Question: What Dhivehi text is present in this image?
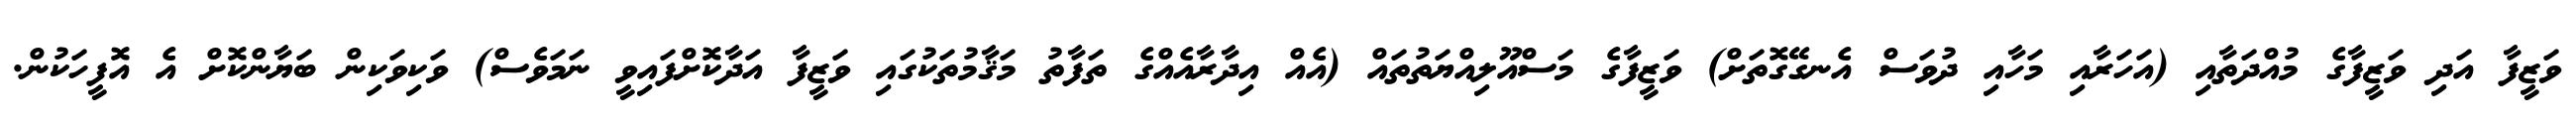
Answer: ވަޒީފާ އަދި ވަޒީފާގެ މުއްދަތާއި (އަހަރާއި މަހާއި ދުވަސް އެނގޭގޮތަށް) ވަޒީފާގެ މަސްއޫލިއްޔަތުތައް (އެއް އިދާރާއެއްގެ ތަފާތު މަޤާމުތަކުގައި ވަޒީފާ އަދާކޮށްފައިވީ ނަމަވެސް) ވަކިވަކިން ބަޔާންކޮށް އެ އޮފީހަކުން.